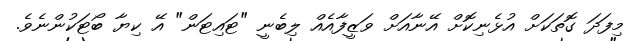
މިފަދަ ގޮތަކަށް އުޅެނިކޮށް އޭނާއަށް ވަޒީފާއެއް ލިބެނީ "ޓައިޓަން" އޭ ކިޔާ ބޯޓަކުންނެވެ.